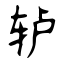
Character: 轳